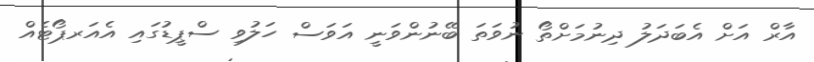
އާރް އަށް އެބަދަލު ދިނުމަށްތޯ ނުވަތަ ބޭނުންވަނީ އަވަސް ހަލުވި ސްޕީޑުގައި އެއަރޕޯޓެއް